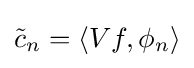
{\tilde {c}}_{n}=\langle Vf,\phi _{n}\rangle